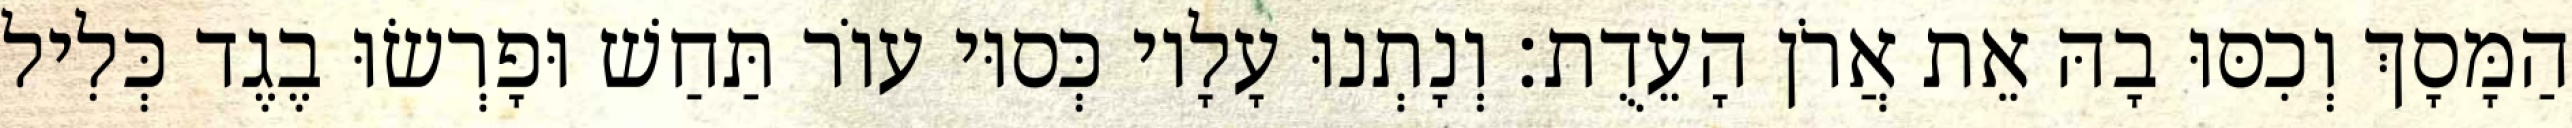
הַמָּסָךְ וְכִסּוּ בָהּ אֵת אֲרֹן הָעֵדֻת׃ וְנָתְנוּ עָלָיו כְּסוּי עוֹר תַּחַשׁ וּפָרְשׂוּ בֶגֶד כְּלִיל